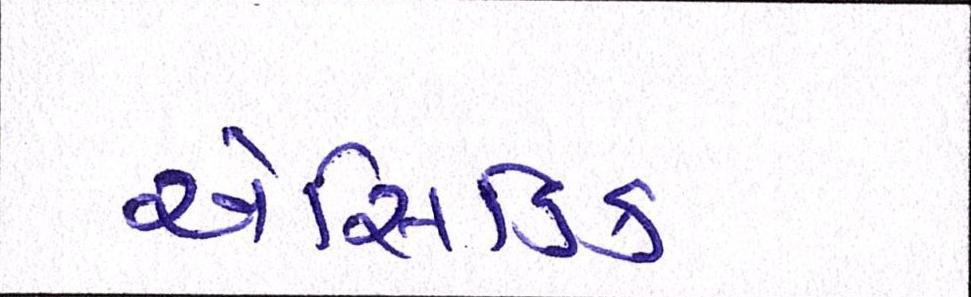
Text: એસિડિક